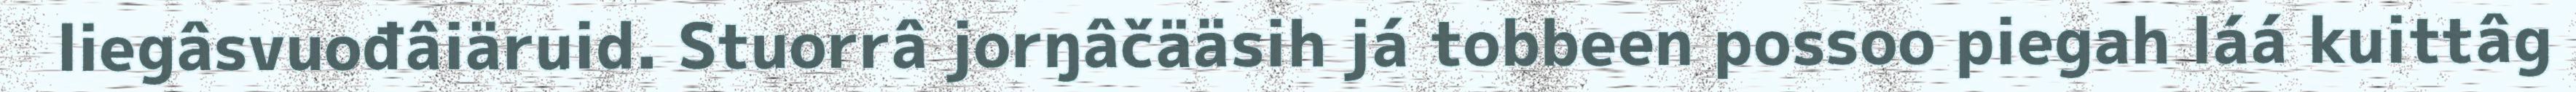
liegâsvuođâiäruid. Stuorrâ jorŋâčääsih já tobbeen possoo piegah láá kuittâg